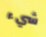
شيء